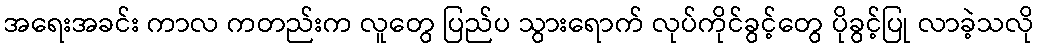
အရေးအခင်း ကာလ ကတည်းက လူတွေ ပြည်ပ သွားရောက် လုပ်ကိုင်ခွင့်တွေ ပိုခွင့်ပြု လာခဲ့သလို